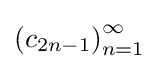
\left(c_{2n-1}\right)_{n=1}^{\infty }